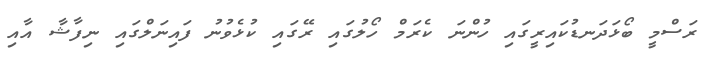
ރަސްމީ ބޯޅަދަނޑުކައިރީގައި ހުންނަ ކެރަމް ހޯލުގައި ރޭގައި ކުޅެވުނު ފައިނަލްގައި ނިފާޝާ އާއި